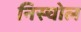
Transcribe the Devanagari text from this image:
निस्चोल